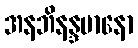
အနဘိနန္ဒမာနော